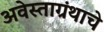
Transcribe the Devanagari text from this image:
अवेस्ताग्रंथाचे